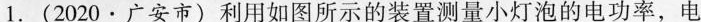
1.(2020·广安市)利用如图所示的装置测量小灯泡的电功率，电